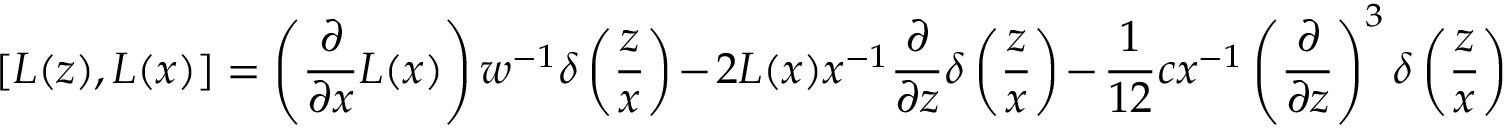
[ L ( z ) , L ( x ) ] = \left( { \frac { \partial } { \partial x } } L ( x ) \right) w ^ { - 1 } \delta \left( { \frac { z } { x } } \right) - 2 L ( x ) x ^ { - 1 } { \frac { \partial } { \partial z } } \delta \left( { \frac { z } { x } } \right) - { \frac { 1 } { 1 2 } } c x ^ { - 1 } \left( { \frac { \partial } { \partial z } } \right) ^ { 3 } \delta \left( { \frac { z } { x } } \right)